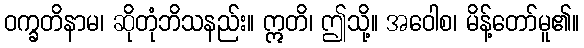
ဝက္ခတိနာမ၊ ဆိုတုံဘိသနည်း။ ဣတိ၊ ဤသို့။ အဝေါစ၊ မိန့်တော်မူ၏။